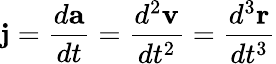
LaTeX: \mathbf{j}={\frac{d\mathbf{a}}{dt}}={\frac{d^{2}\mathbf{v}}{dt^{2}}}={\frac{d^{3}\mathbf{r}}{dt^{3}}}